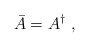
\begin{align*}\bar{A} = A^\dagger \, \, , \end{align*}